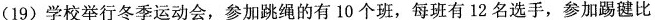
(19)学校举行冬季运动会，参加跳绳的有10个班，每班有12名选手，参加踢毽比